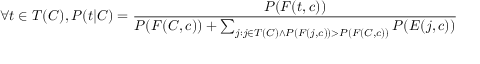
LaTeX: \forall t \in T ( C ) , P ( t | C ) = { \frac { P ( F ( t , c ) ) } { P ( F ( C , c ) ) + \sum _ { j : j \in T ( C ) \land P ( F ( j , c ) ) > P ( F ( C , c ) ) } P ( E ( j , c ) ) } }